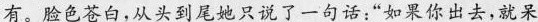
有，脸色苍白，从头到尾她只说了一句话“如果你出去,就呆